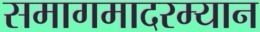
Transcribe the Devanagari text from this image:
समागमादरम्यान